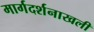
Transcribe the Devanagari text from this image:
मार्गदर्शनाखली